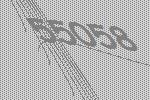
55058